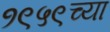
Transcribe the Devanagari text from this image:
१९५९च्या